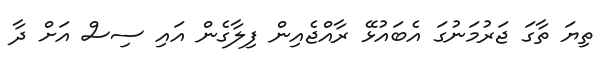
ތިޔަ ތާގަ ޖަރުމަނުގަ އެބައުޅޭ ރާއްޖެއިން ފިލާގެން އައި ސިސް އަށް ދާ